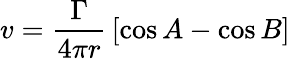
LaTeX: v={\frac{\Gamma}{4\pi r}}\left[\cos A-\cos B\right]